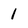
Character: 1